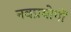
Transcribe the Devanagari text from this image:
नवप्रयोगों